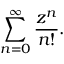
\sum _ { n = 0 } ^ { \infty } { \frac { z ^ { n } } { n ! } } .